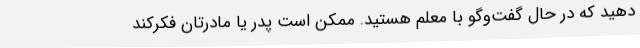
دهید که در حال گفت‌وگو با معلم هستید. ممکن است پدر یا مادرتان فکرکند